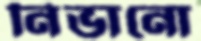
নিভানো